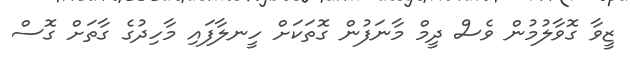
ޒީވާ ގޮވާލުމުން ވެސް ދީމް މާނަފުން ގޮތަކަށް ހީނލާފައި މާހިދުގެ ގާތަށް ގޮސް